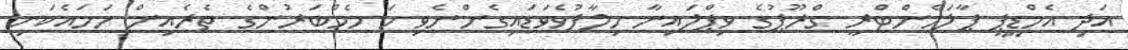
އަދި އެމްޑީޕީ ޕާލަމެންޓްރީ ގްރޫޕުގެ ވިޕްލައިނާ ހިލާފުވެވަޑައިގެންނެވި ހަ މެމްބަރުންގެ ތެރެއިން ހަމައެކަނި